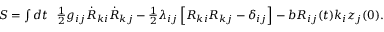
\begin{array} { r } { S = \int d t ~ ~ \frac 1 2 g _ { i j } \dot { R } _ { k i } \dot { R } _ { k j } - \frac 1 2 \lambda _ { i j } \left[ R _ { k i } R _ { k j } - \delta _ { i j } \right] - b R _ { i j } ( t ) k _ { i } z _ { j } ( 0 ) . } \end{array}